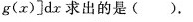
g ( x ) ] d x$$求出的是( ).